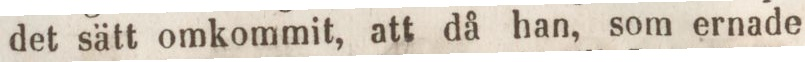
det sätt omkommit, att då han, som ernade